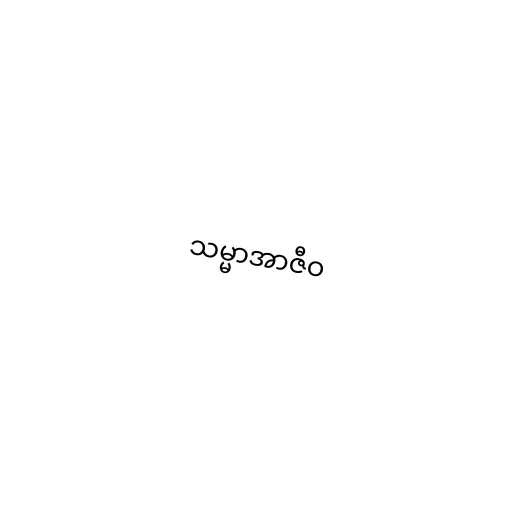
သမ္မာအာဇီဝ